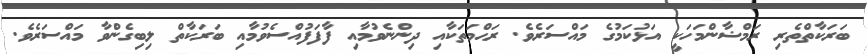
ބަރަކާތްތެރި ރަމްޟާންމަހަކީ އަޅުކަމުގެ މައްސަރެވެ. ރަޙްމަތަކާއި ދިންނެވުމާއި ފާފަފުއްސެވުމާއި ބަރަކާތް ލިބިގެންވާ މައްސަރެވެ.